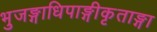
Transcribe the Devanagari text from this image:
भुजङ्गाधिपाङ्गीकृताङ्गा